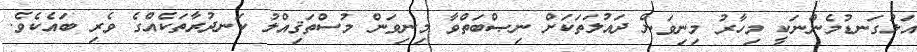
އަޅުގަނޑުމެންނަކީ މިހާރު މިނިވަން ދައުލަތަކަށް ނިޞްބަތްވާ މިނިވަން މުސްތަޤިއްލު ކަނދުރާތަކެއްގެ ވެރި ބައެކެވެ.